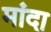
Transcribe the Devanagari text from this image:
मांदा